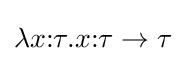
\lambda x{\mathbin {:}}\tau .x{\mathbin {:}}\tau \to \tau